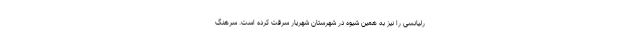
رلیانسی را نیز به همین شیوه در شهرستان شهریار سرقت کرده است. سرهنگ